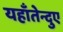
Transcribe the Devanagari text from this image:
यहाँतेन्दुए